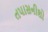
તપાસનીશો